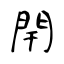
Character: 閈